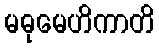
မဓုမေဟိကာတိ